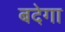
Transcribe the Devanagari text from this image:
बदेगा